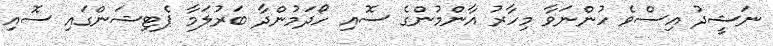
ނަޝީދު އިސްވެ ހުންނަވާ މިހާރު އާންމުންގެ ސޮއި ހޯދަމުންދާ ބަރުލަމާ ޕެޓިޝަންގައި ސޮއި